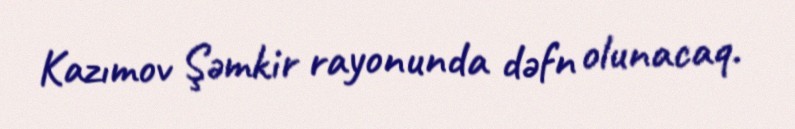
Kazımov Şəmkir rayonunda dəfn olunacaq.